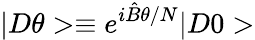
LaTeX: |D\theta>\equiv e^{i\hat{B}\theta/N}|D0>